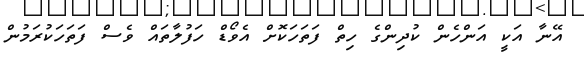
އޭނާ އަކީ އަންހެން ކުދިންގެ ހިތް ފަތަހަކޮށް އެވޯޑް ހަފުލާތައް ވެސް ފަތަހަކުރަމުން